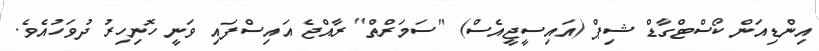
އިންޑިއަން ކޯސްޓްގާޑް ޝިޕް (އައިސީޖީއެސް) "ސަމަރްތް'' ރާއްޖެ އައިސްފައި ވަނީ ހޮނިހިރު ދުވަހުއެވެ.